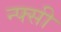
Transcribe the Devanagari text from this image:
न्फ्सी